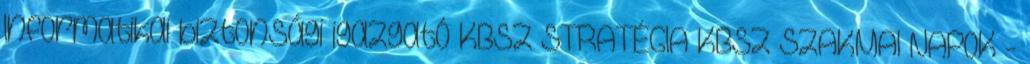
Informatikai biztonsági igazgató KBSZ STRATÉGIA KBSZ SZAKMAI NAPOK -